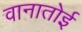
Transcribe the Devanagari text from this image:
वानातोई